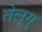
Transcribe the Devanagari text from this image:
तेलूगु